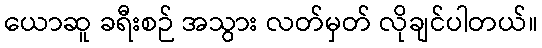
ယောဆူ ခရီးစဉ် အသွား လတ်မှတ် လိုချင်ပါတယ်။